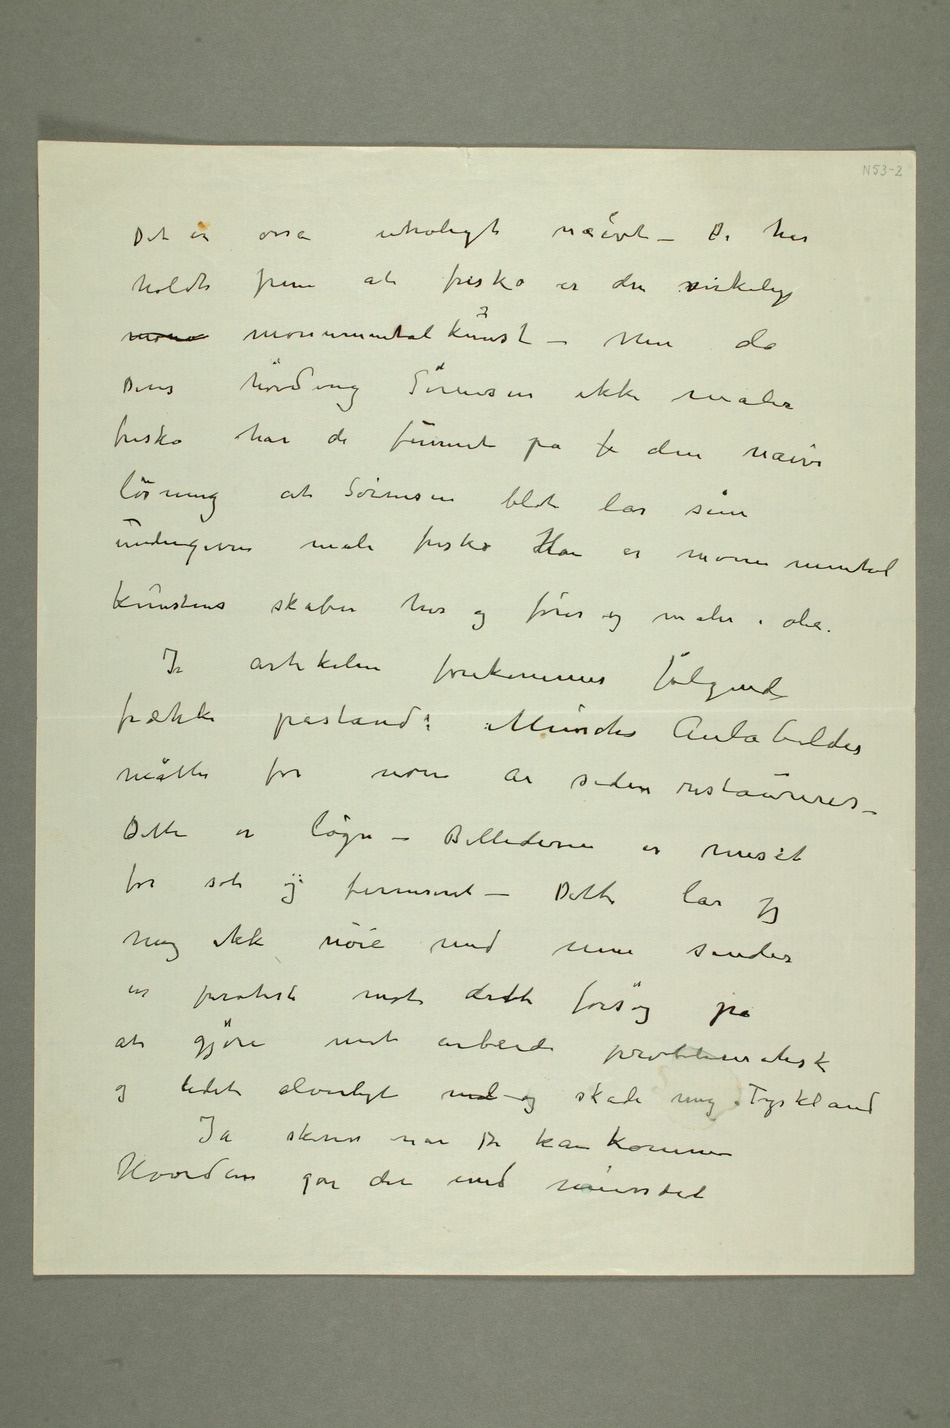
Det er osså utroligt naivt – De har
holdt frem at fresko er den virkelige
monu monumentalkunst – Men da
Deres høvding Sørensen ikke maler
fresko har de funnet på f den naive
løsning at Sørensen blot lar sine
undergivne male fresko. Han er monumental
kunstens skaber her og fører og maler i olie.
I artikkelen forekommer følgende
frække påstand: Munchs Aulabilder
måtte for noen år siden restaureres.
Dette er løgn – Billederne
er renset
for sot og ferniseret – Dette lar
jeg
mig ikke nøie med men sender
en protest mot dette forsøg på
at gjøre mit arbeid
problematisk
og lidet alvorligt med og skade mig i Tyskland
Ja skriv når De kan komme